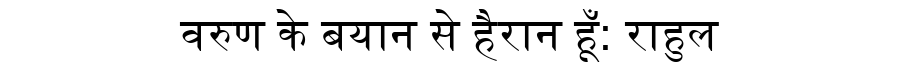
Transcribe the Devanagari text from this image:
वरुण के बयान से हैरान हूँ: राहुल